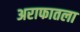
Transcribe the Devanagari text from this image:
अराफातला